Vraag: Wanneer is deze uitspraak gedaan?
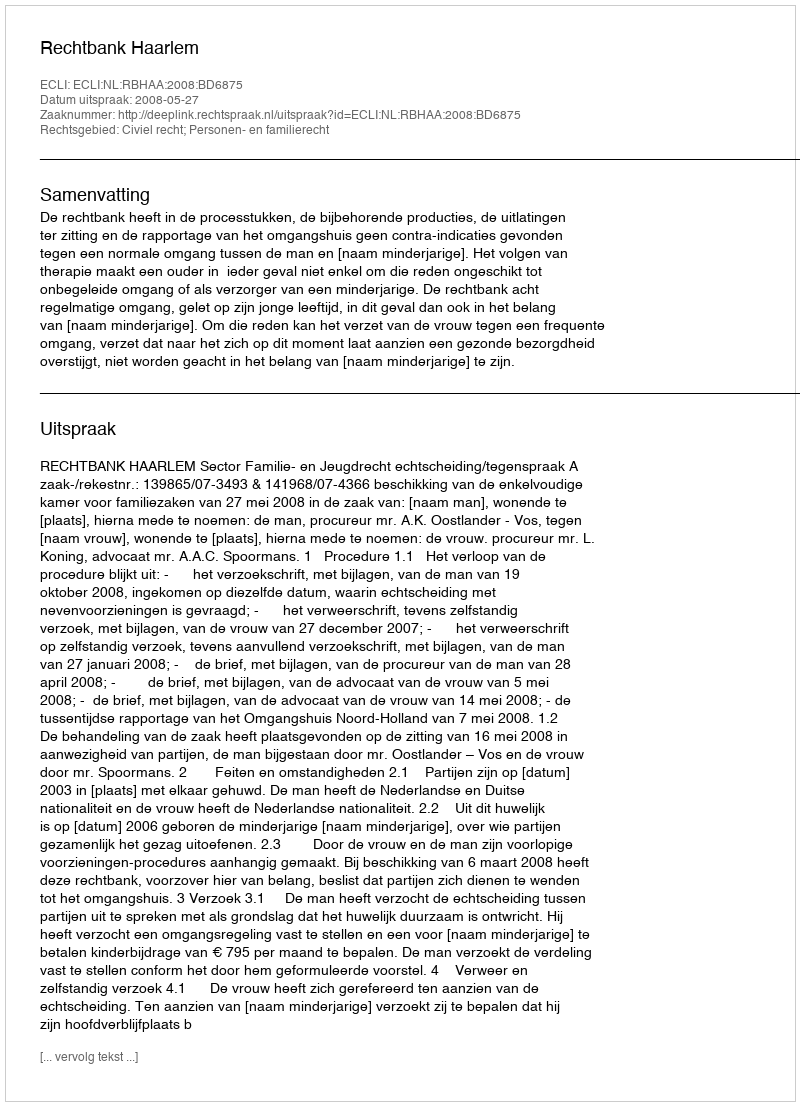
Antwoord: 2008-05-27